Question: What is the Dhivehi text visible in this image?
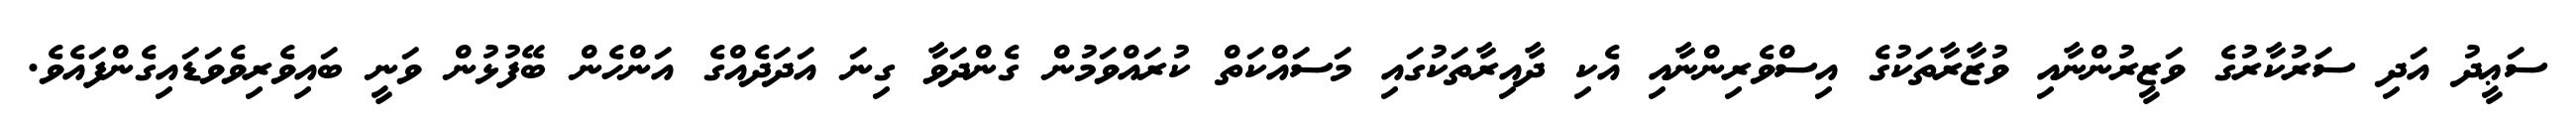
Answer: ސަޢީދު އަދި ސަރުކާރުގެ ވަޒީރުންނާއި ވުޒާރާތަކުގެ އިސްވެރިންނާއި އެކި ދާއިރާތަކުގައި މަސައްކަތް ކުރައްވަމުން ގެންދަވާ ގިނަ އަދަދެއްގެ އަންހެން ބޭފުޅުން ވަނީ ބައިވެރިވެވަޑައިގެންފައެވެ.